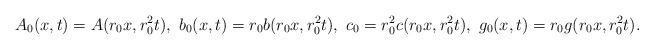
LaTeX: \begin{align*}A_{0}(x, t)= A(r_0 x, r_{0}^{2} t),\ b_{0}(x, t)= r_0 b(r_{0}x, r_{0}^{2}t),\ c_0=r_{0}^2 c(r_{0}x, r_{0}^{2}t),\ g_0(x,t)=r_0 g(r_{0}x, r_{0}^{2}t).\end{align*}